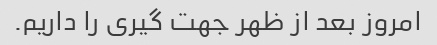
امروز بعد از ظهر جهت گیری را داریم.